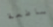
ساطعة